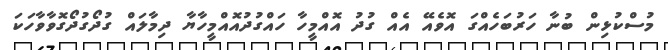
މުސްކުޅިން ބުނާ ހަރުބަހެއްގަ އޮވެއޭ އެއް ގުދު އޮއްމީހާ ހައްގުދުއޮއްމީހާޔާ ދިމާލައް ގުދޯގުދޯގޮވާވާހަކަ